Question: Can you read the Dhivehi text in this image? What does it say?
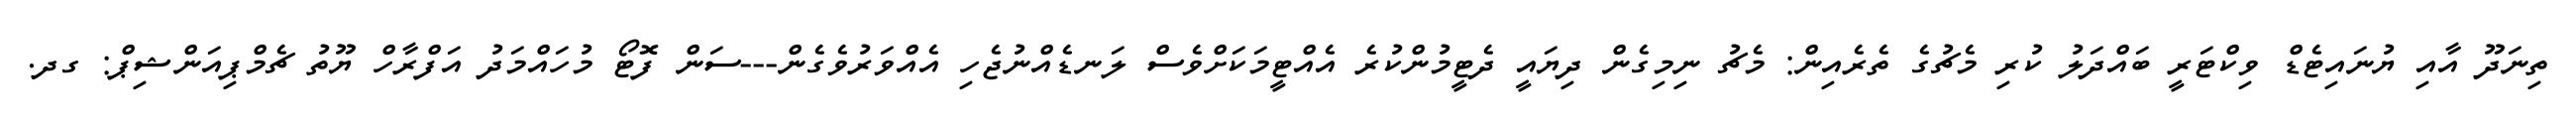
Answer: ތިނަދޫ އާއި ޔުނައިޓެޑް ވިކްޓަރީ ބައްދަލު ކުރި މެޗުގެ ތެރެއިން: މެޗު ނިމިގެން ދިޔައީ ދެޓީމުންކުރެ އެއްޓީމަކަށްވެސް ލަނޑެއްނުޖެހި އެއްވަރުވެގެން---ސަން ފޮޓޯ މުހައްމަދު އަފްރާހް ޔޫތު ޗެމްޕިއަންޝިޕް: ގދ.